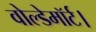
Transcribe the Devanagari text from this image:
वोल्डेमॉर्ट।